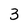
Character: 3